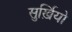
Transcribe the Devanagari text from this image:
सुर्ख़ियो